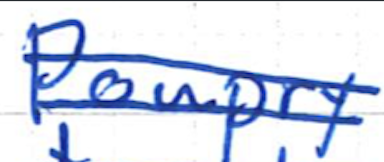
Text: Poupry
Cross-out: double-line
Writing tool: ballpoint